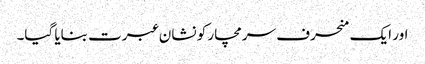
اور ایک منحرف سرمچار کو نشان عبرت بنایا گیا۔